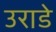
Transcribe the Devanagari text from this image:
उराडे